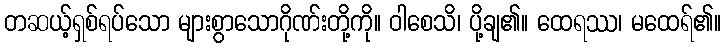
တဆယ့်ရှစ်ရပ်သော များစွာသောဂိုဏ်းတို့ကို။ ဝါစေသိ၊ ပို့ချ၏။ ထေရဿ၊ မထေရ်၏။